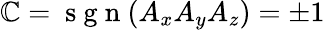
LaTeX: \mathbb{C}=\mathrm{{~s~g~n~}}(A_{x}A_{y}A_{z})=\pm{1}